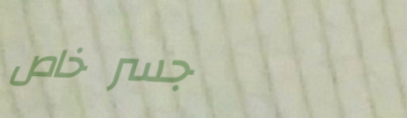
جسر خاص